Vabadussoja_Ajaloo_Komitee, lk 106
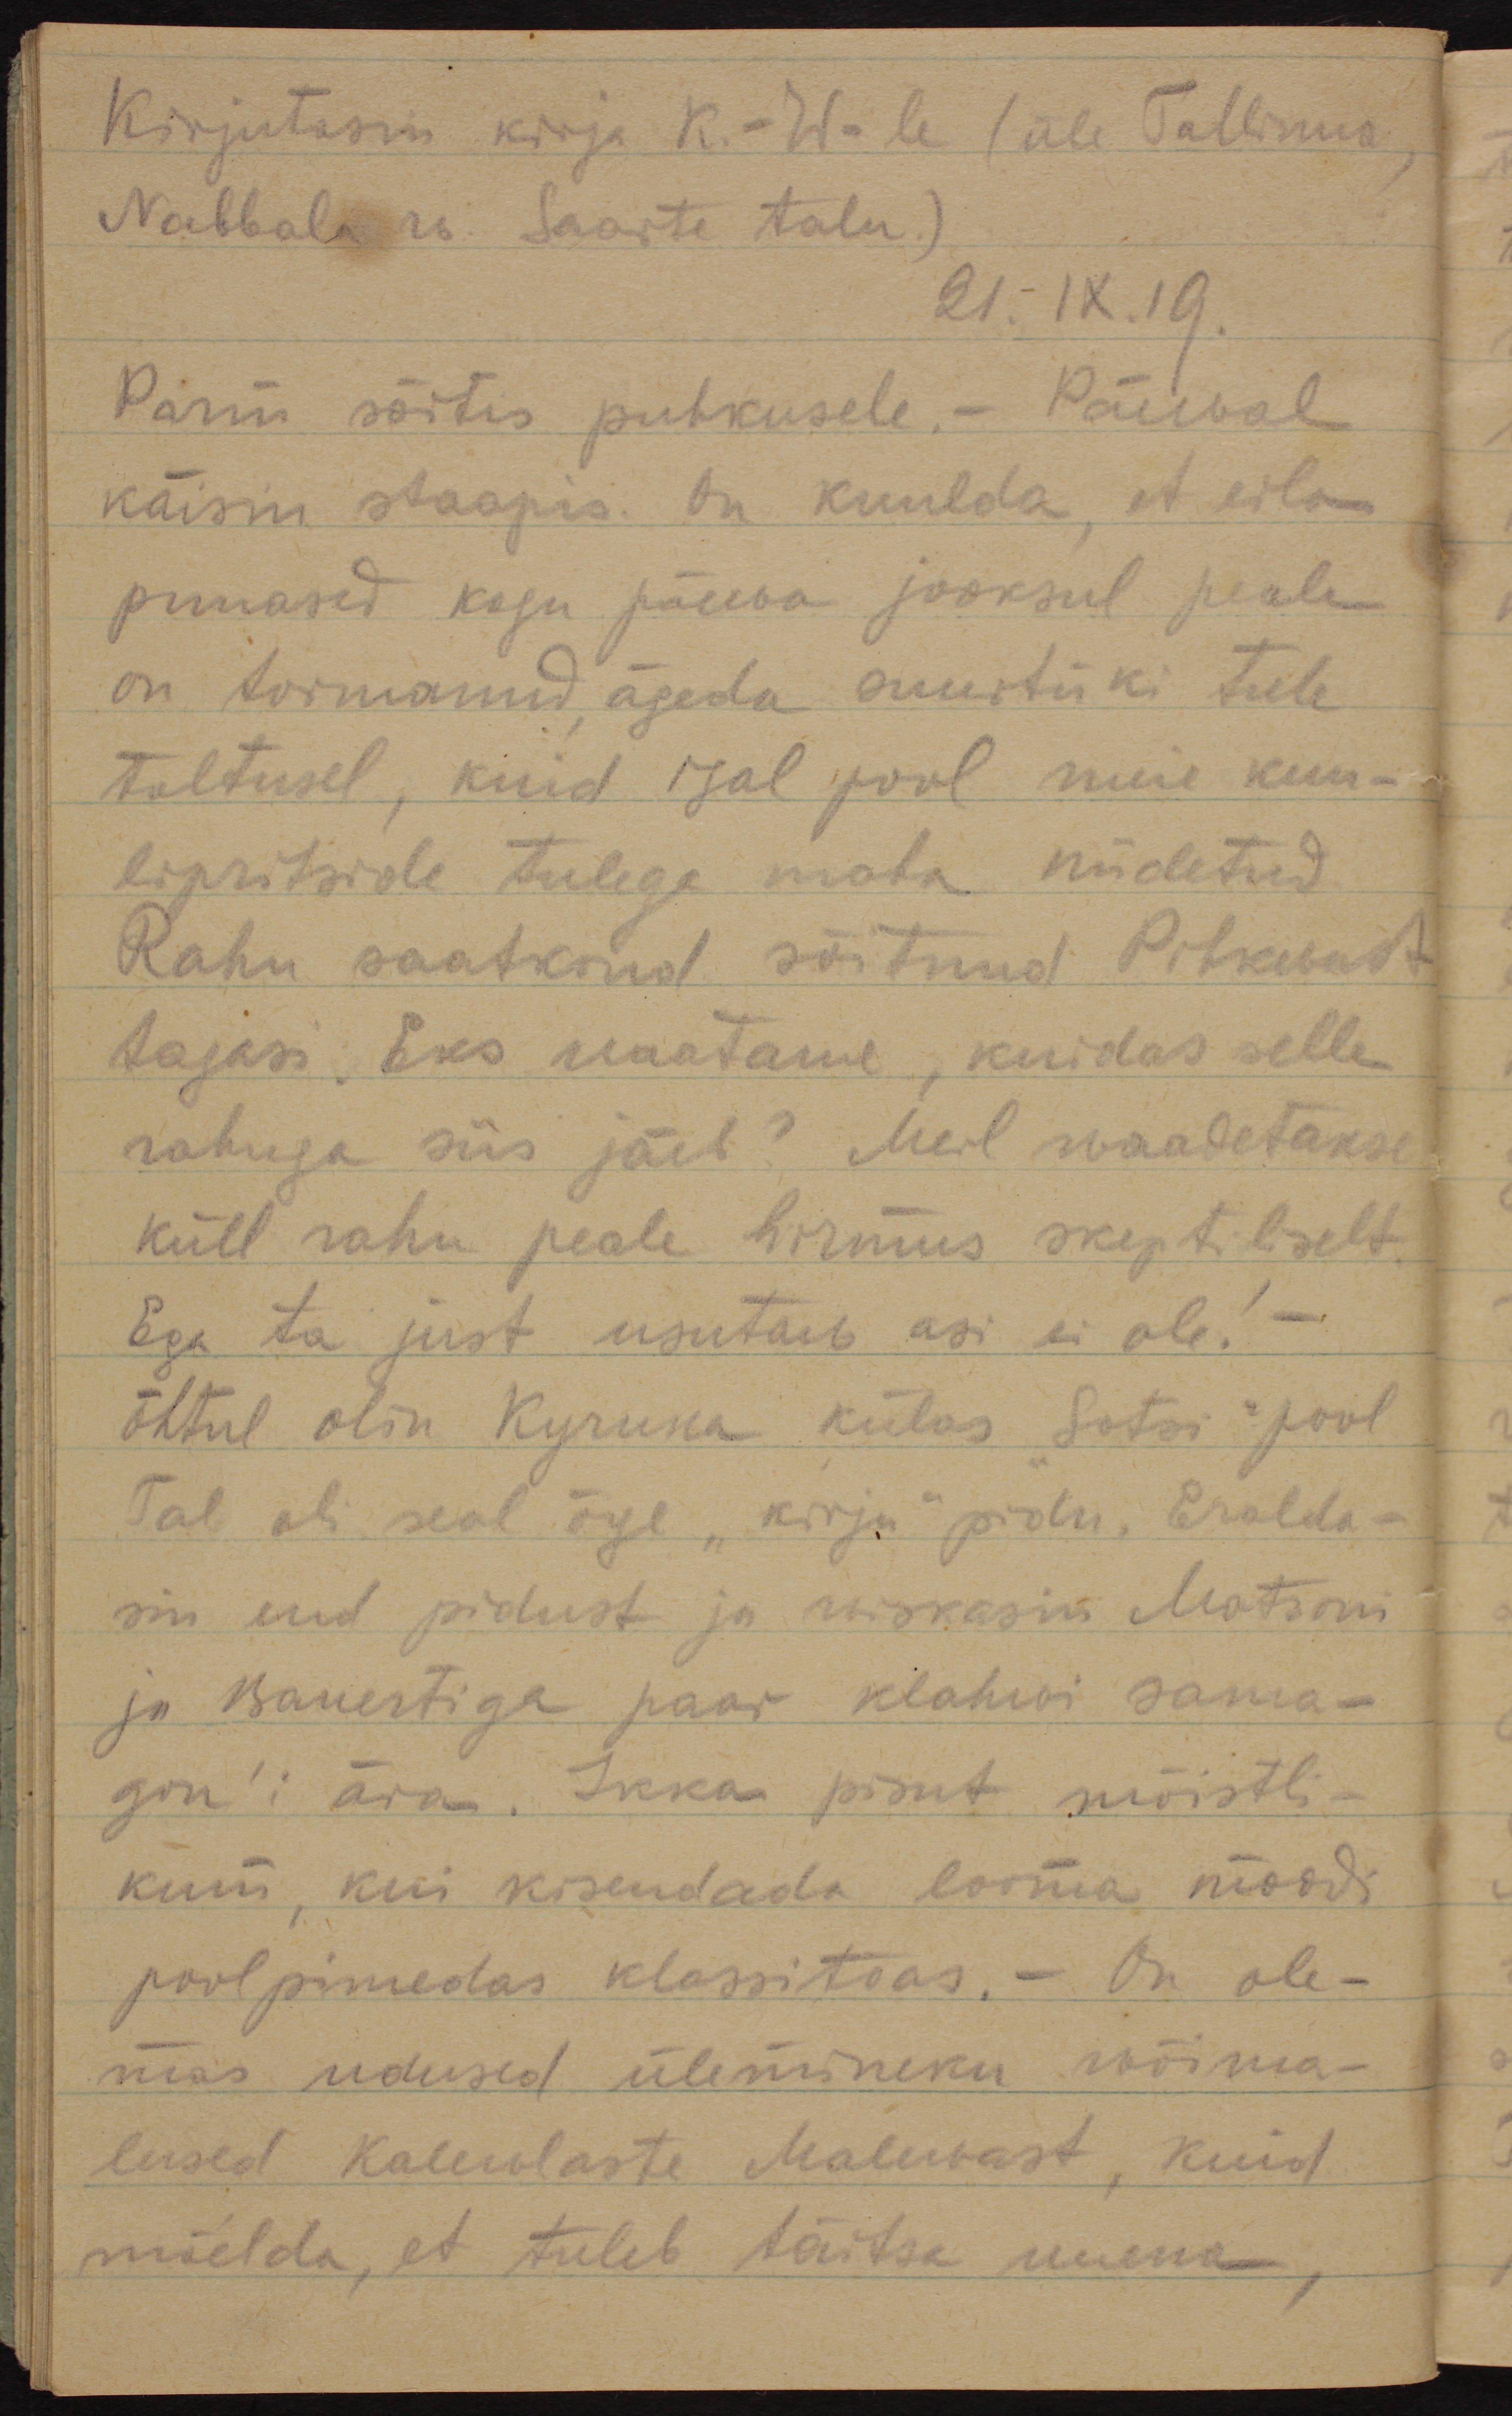
Kirjutasin kirja K-W-le (üle Tallinna,
Nabbala w. Saarte talu.)
21.IX.19
Parm sõitis puhkusele. Päewal 
käisin staapis. On kuulda, et eila
punased kogu päewa jooksul peale
on tormanud, ägeda suurtüki tule
toetusel, kuid igal pool meie kuu-
lipritside tulega maha niidetud.
Rahu saatkond sõitnud Pihkwast
tagasi. Eks waatame, kuidas selle 
rahuga siis jäeb? Meil waadatakse
küll rahu peale hirmus skeptiliselt.
Ega ta just usutaw asi ei ole!
Õhtul olin külas "Sotsi" pool.
Tal oli seal äge "kirju" pidu. Eralda-
sin end pidust ja wiskasin Matsoni
ja Bauertiga paar klahwi sama-
gon'i ära. Ikka pisut mõistli-
kum, kui kisendada looma moodi
poolpimedas klassitoas. On ole-
mas udused ülemineku wõima-
lused Kalewlaste Malewast, kuid
mõelda, et tuleb täitsa uuena